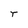
Character: r